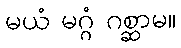
မယံ မဂ္ဂံ ဂစ္ဆာမ။